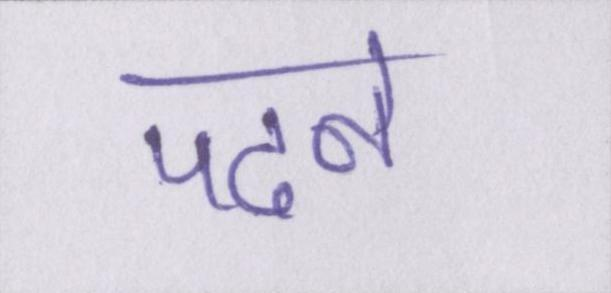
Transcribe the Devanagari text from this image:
पढने